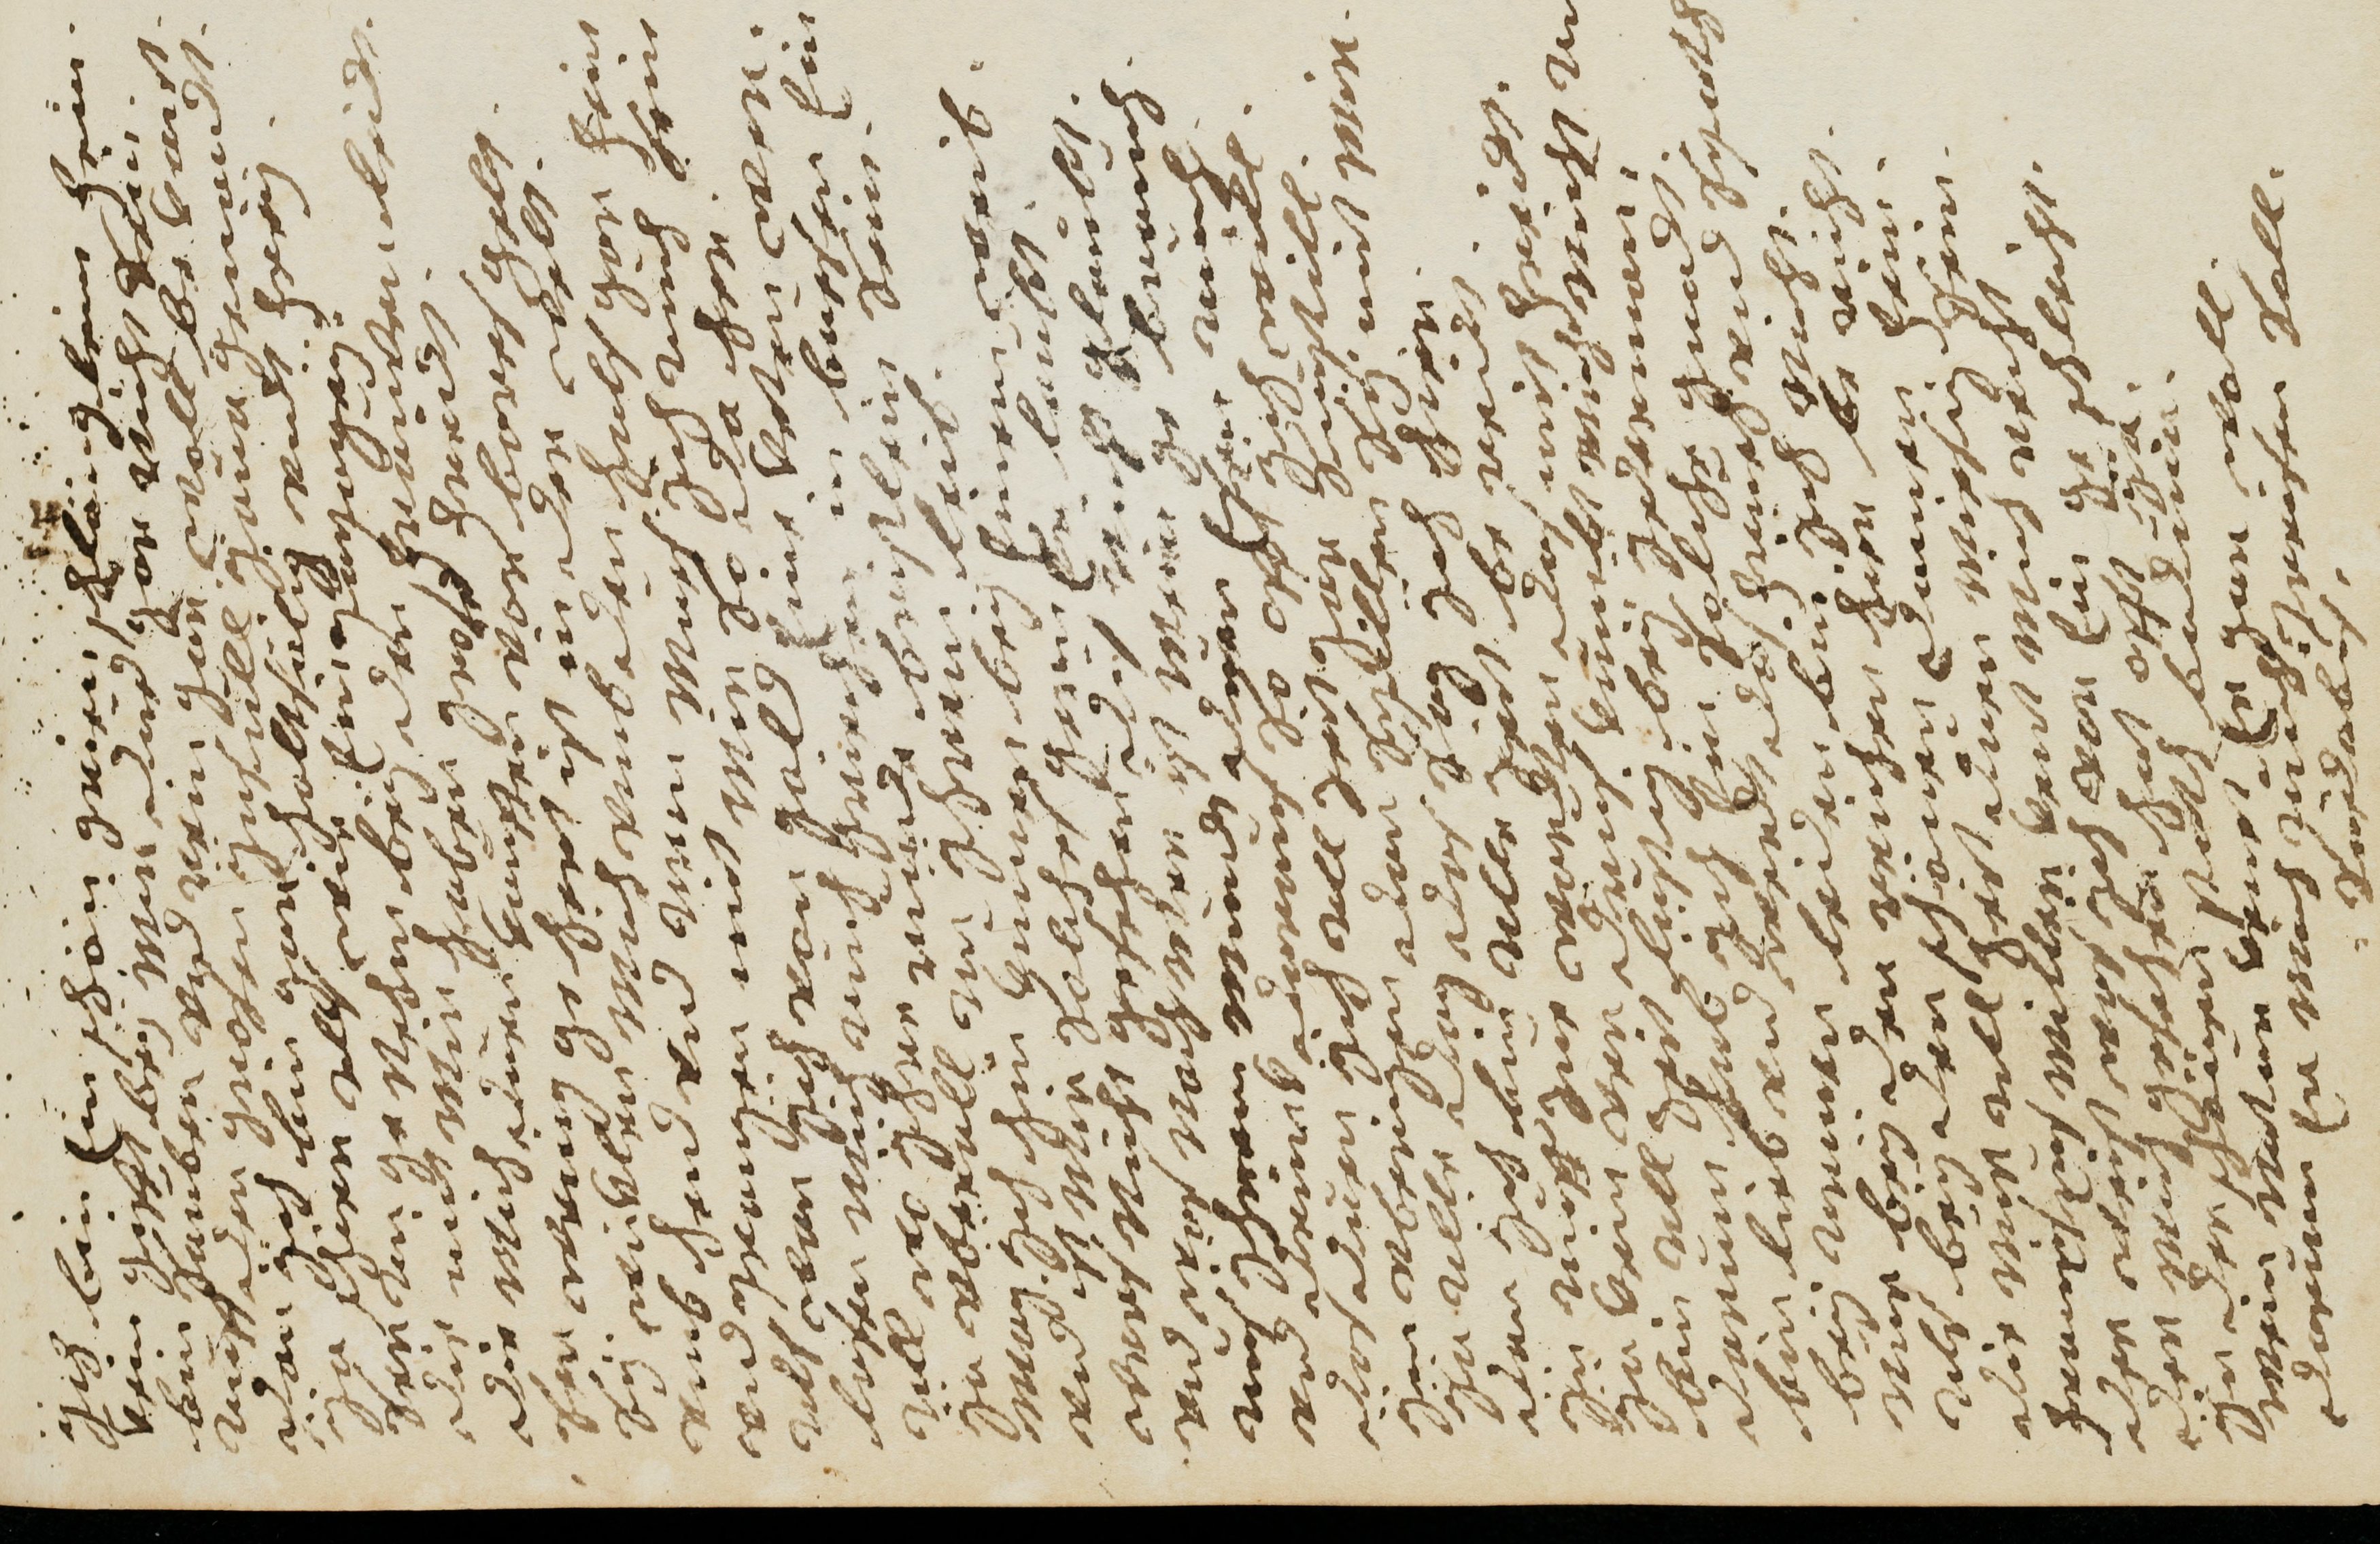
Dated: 1681–1681